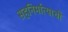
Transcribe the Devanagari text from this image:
सहनिर्मात्याची